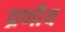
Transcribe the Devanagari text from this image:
व्रणीय